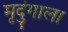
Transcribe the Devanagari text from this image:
मृदुंगाला